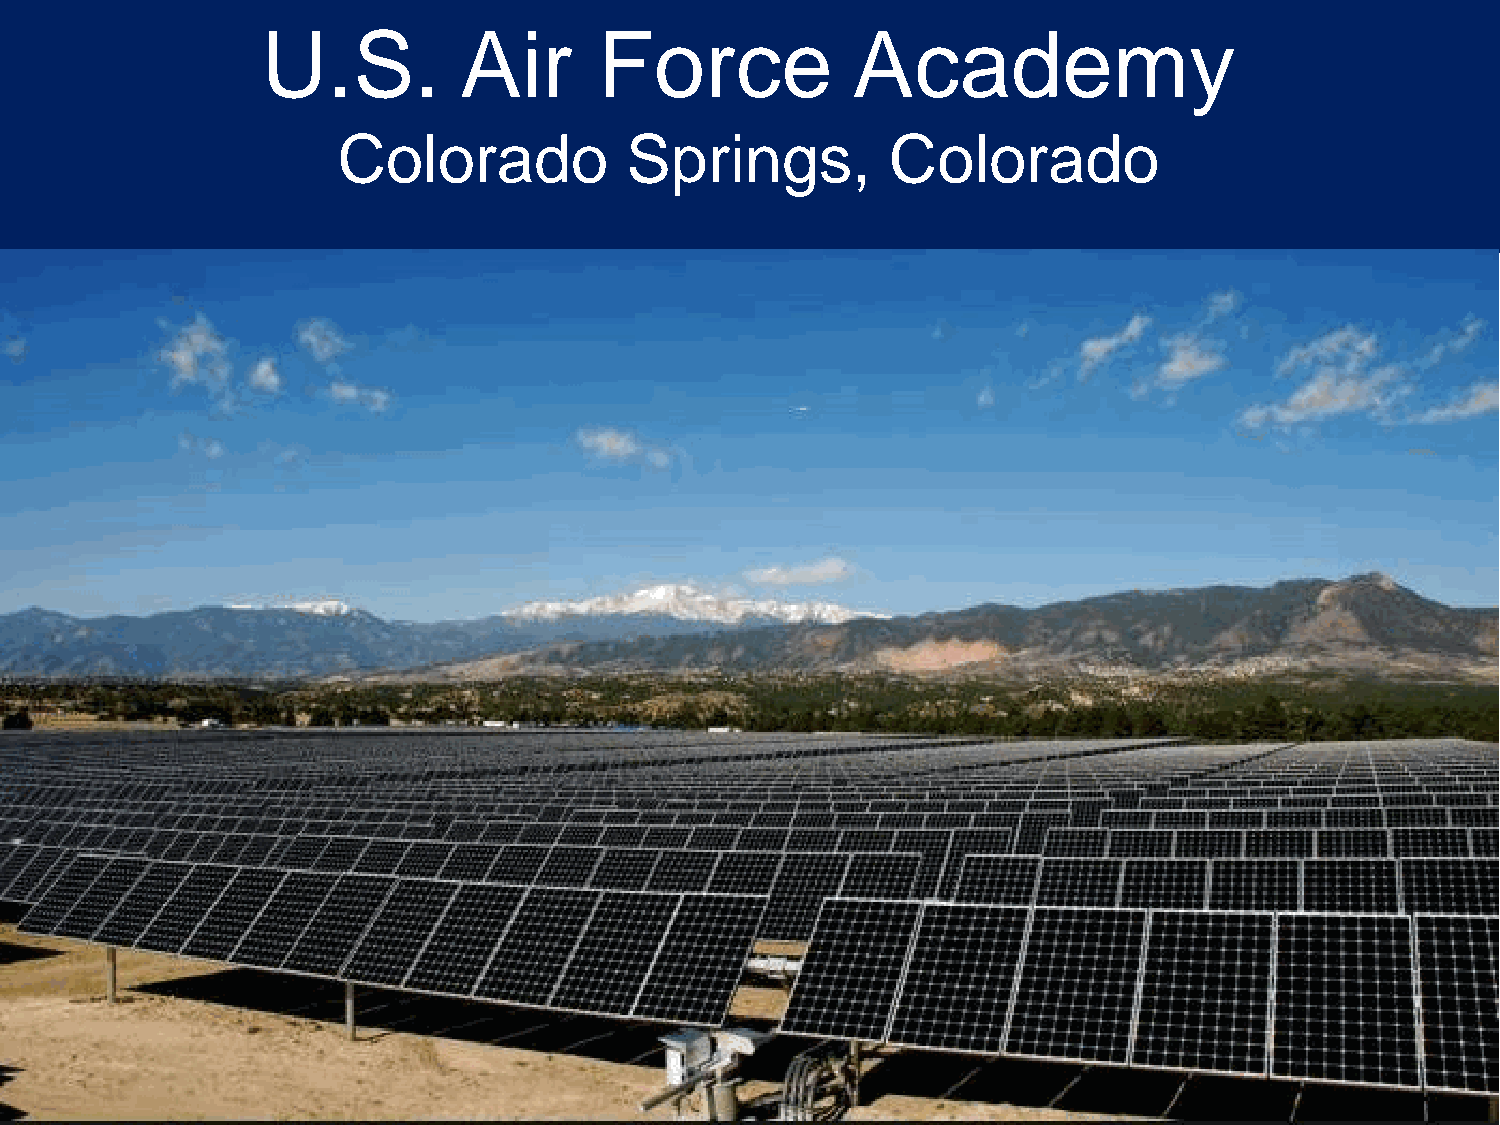
U.S.         Air       Force           Academy
 Colorado           Springs,          Colorado